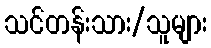
သင်တန်းသား/သူများ